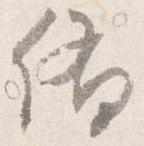
備